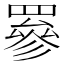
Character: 𦌀